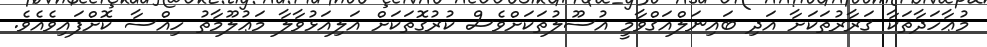
މުޢާހަދާތަކާ ޤަރާރުތަކަށާ އަދި ބައިނަލްއަޤްވާމީ އުސޫލުތަކަށްވެސް ކުރުގޮތަކަށް އަލިއަޅުވާލާ މަޢުލޫމާތު ހިއްސާ ކޮށްފައިވެއެވެ.